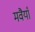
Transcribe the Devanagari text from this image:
मवैयाँ